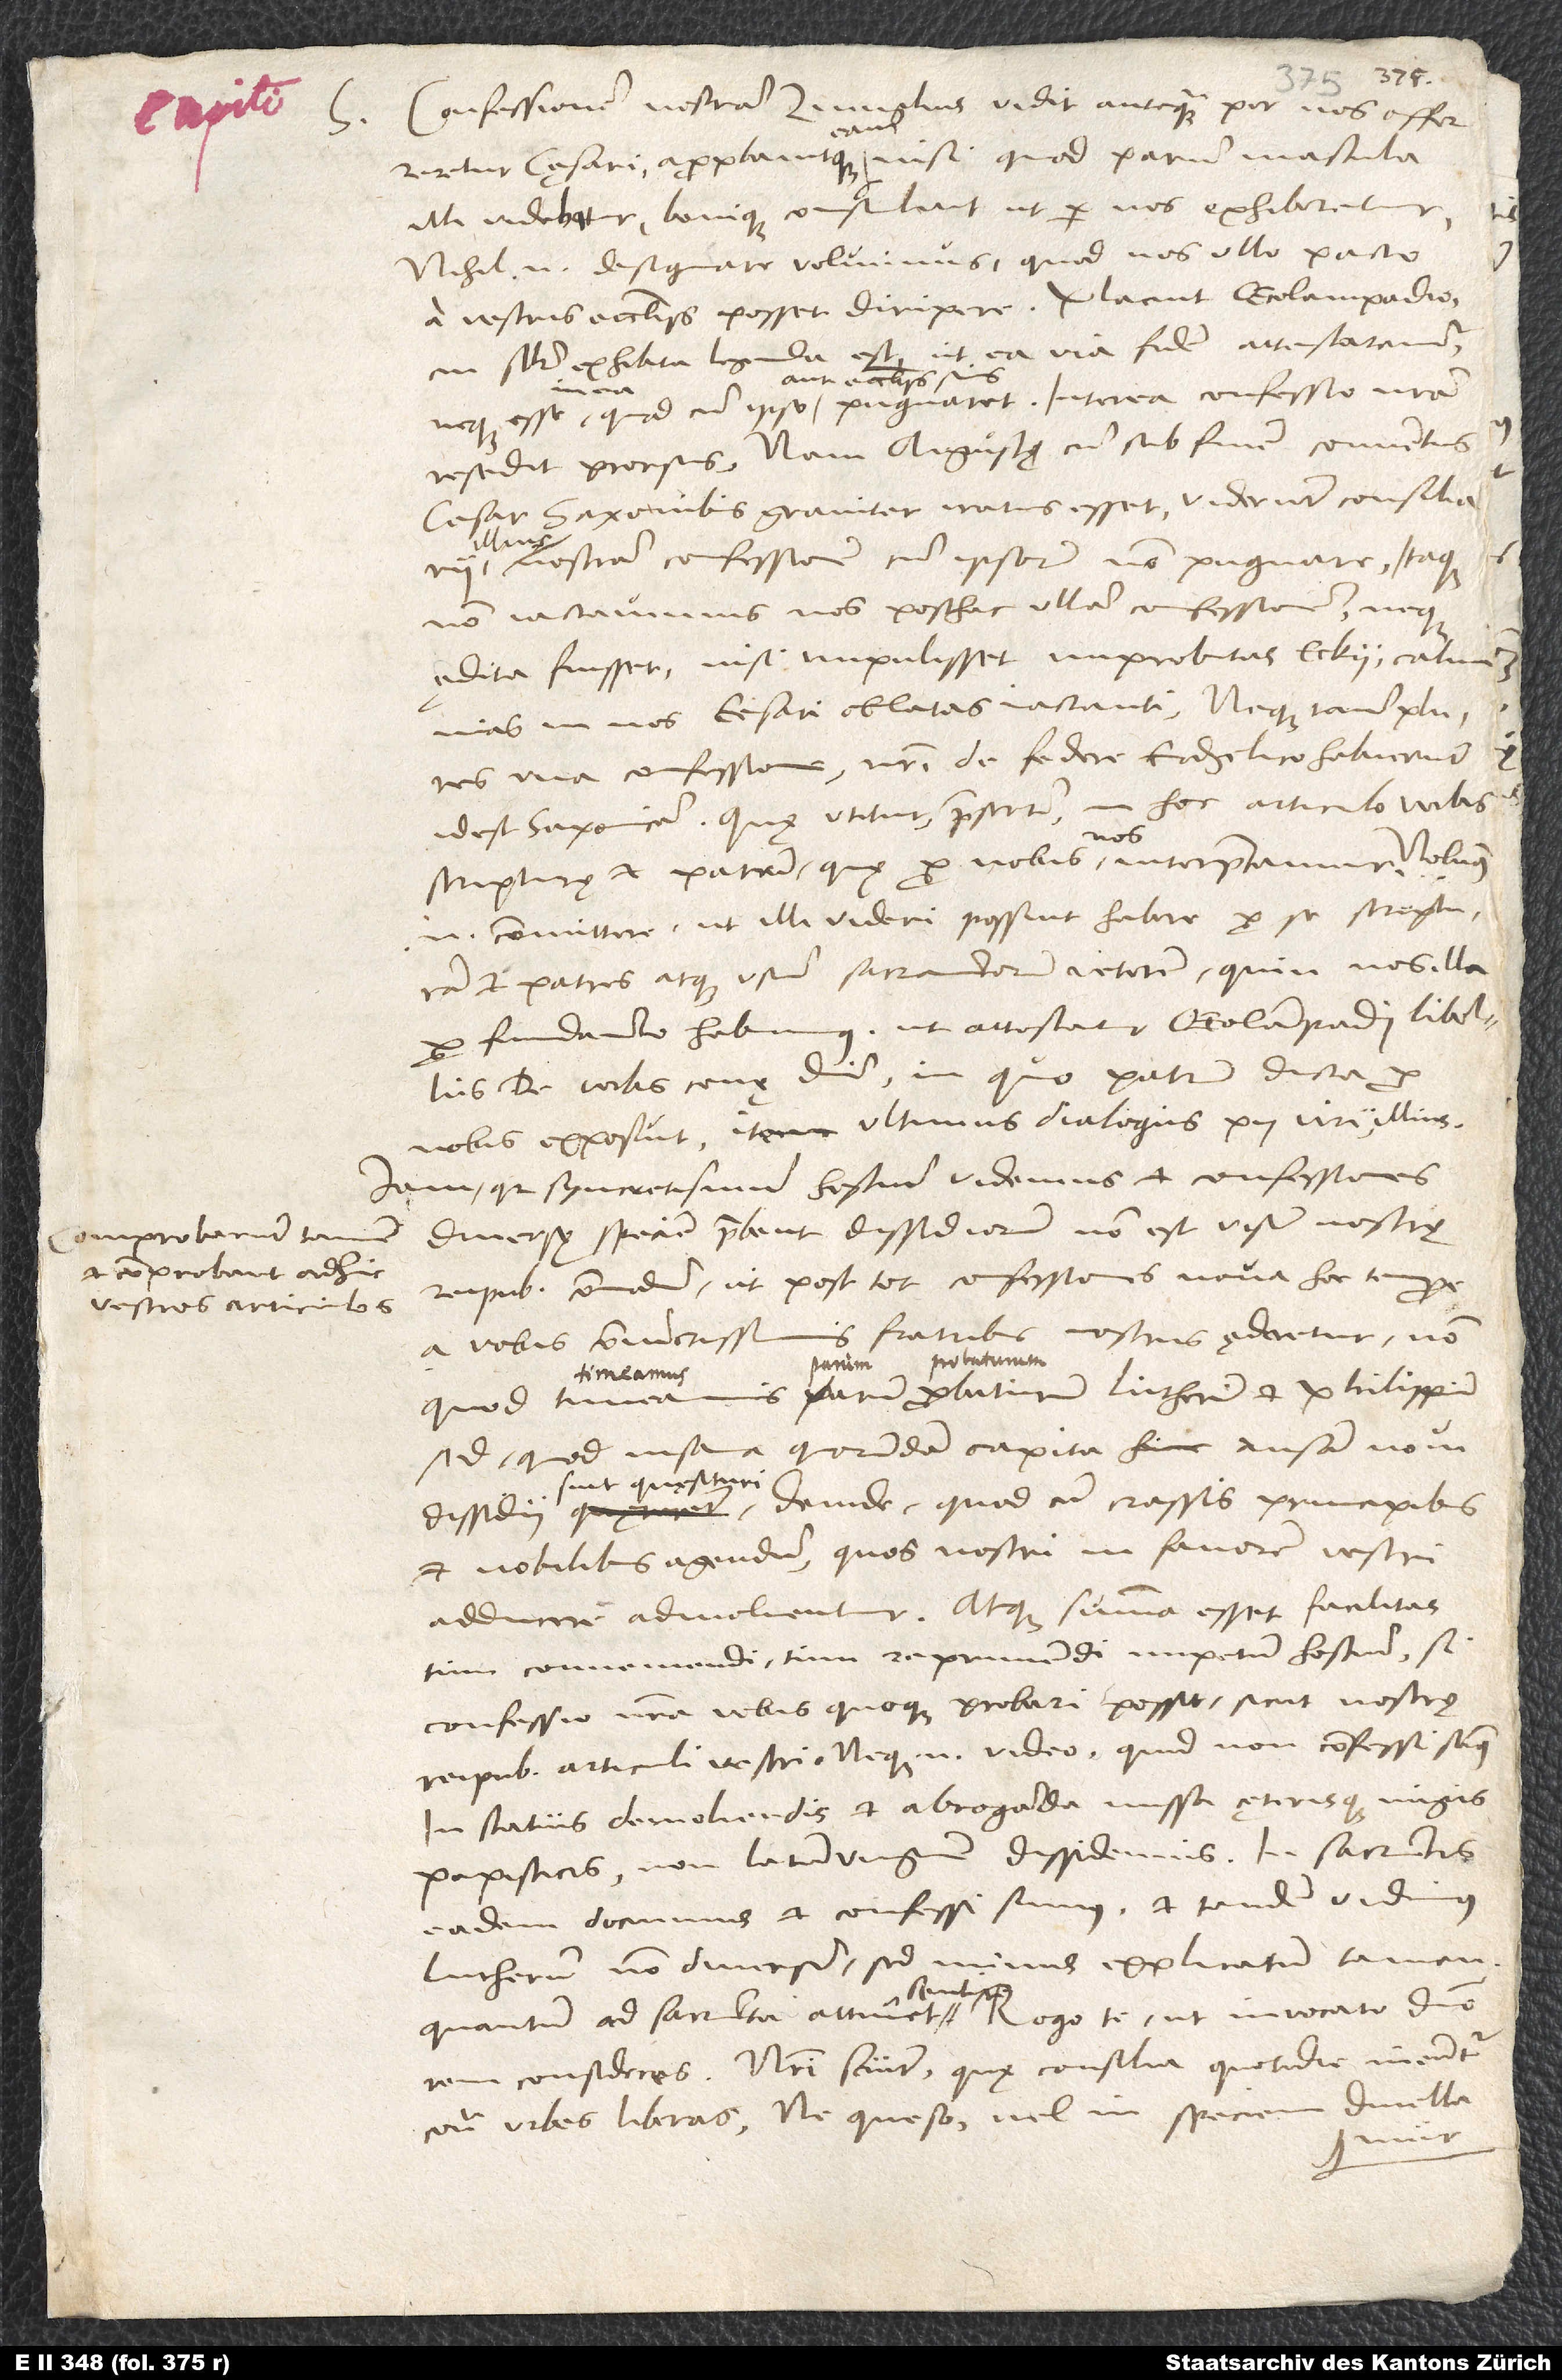
Confessionem nostram Zvinglius vidit, antequam per nos offerreretur
cęsari, approbavitque eam, nisi quod parum mascula
illi videbatur, bonique consuluit, ut per nos exhiberetur.
Nihil enim designare voluimus, quod nos ullo pacto
a vestris ecclesiis posset diripere. Placuit Oecolampadio,
cui similiter exhibita legenda est, ut ea via fidem attestaremur,
aut ecclesiis suis
resedit prorsus. Nam Augustę, cum sub finem conventus
cesar Saxonibus graviter iratus esset, viderunt consiliarii
nostram confessionem cum ipsorum non pugnare. Itaque
non iactavimus nos posthac ullam confessionem, neque
ędita fuisset, nisi impulisset improbitas Eckii calumnias
in nos cesari oblatas iactantis. Neque tamen plures
una confessione nostri de federe evangelico habuerunt,
id est Saxonicam Quę utitur, praesertim in hoc articulo, verbis
scripturę et patrum, quę pro nobis nos interpretamur. Nolumus
enim committere, ut illi videri possint habere pro se scripturam
patres atque usum sacramentorum veterem; quin nos illa
pro fundamento habuimus, ut attestatur Oecolampadii libellus
De verbis cenę domini in, quo patrum dicta pro
nobis exposuit, item ultimus Dialogus pii viri illius.
Iam quia syncretismum hostium videmus et confessiones
diversę speciem praebent dissidiorum, non est visum nostrę
S.
comprobarunt tamen
et comprobant adhuc
reipublicae commodum, ut post tot confessiones nova hoc tempore
vestros articulos
a vobis, coniunctissimis fratribus nostris, aęderetur -
quod timeamus parum probaturum Lutherum et Philippum,
sed quod insana quorundam capita hinc ansam novi
deinde, quod cum crassis principibus
et nobilibus agendum, quos nostri in favorem vestri
adducere admolientur. Atque summa esset facilitas
tum conveniendi, tum reprimendi impetum hostium, si
confessio nostra vobis quoque probari possit, sicut nostrę
reipublicae articuli vestri. Neque enim video, quid non confessi simus
in statuis demoliendis et abroganda missa cęterisque nugis
papisticis; non latum unguem dissidemus. In sacramentis
eadem docuimus et confessi sumus, et tandem vidimus
Lutherum non diversum, sed minus explicatum tamen,
quantum ad sacramenta attinet, sentire. Rogo te, ut invocato domino
rem consideres. Nostri sciunt, quę consilia quotidie ineuntur
contra urbes liberas. Ne, queso, vel in speciem divellamur.